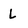
Character: L